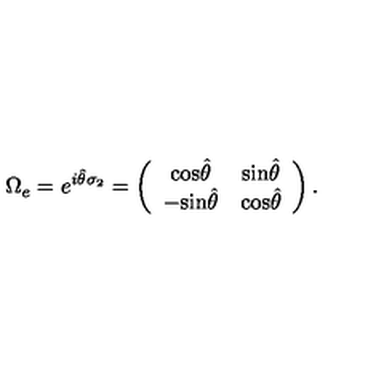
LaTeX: \Omega _ { e } = e ^ { i \hat { \theta } \sigma _ { 2 } } = \left( \begin{array} { c c } { \mathrm { c o s } \hat { \theta } } & { \mathrm { s i n } \hat { \theta } } \\ { - \mathrm { s i n } \hat { \theta } } & { \mathrm { c o s } \hat { \theta } } \\ \end{array} \right) .